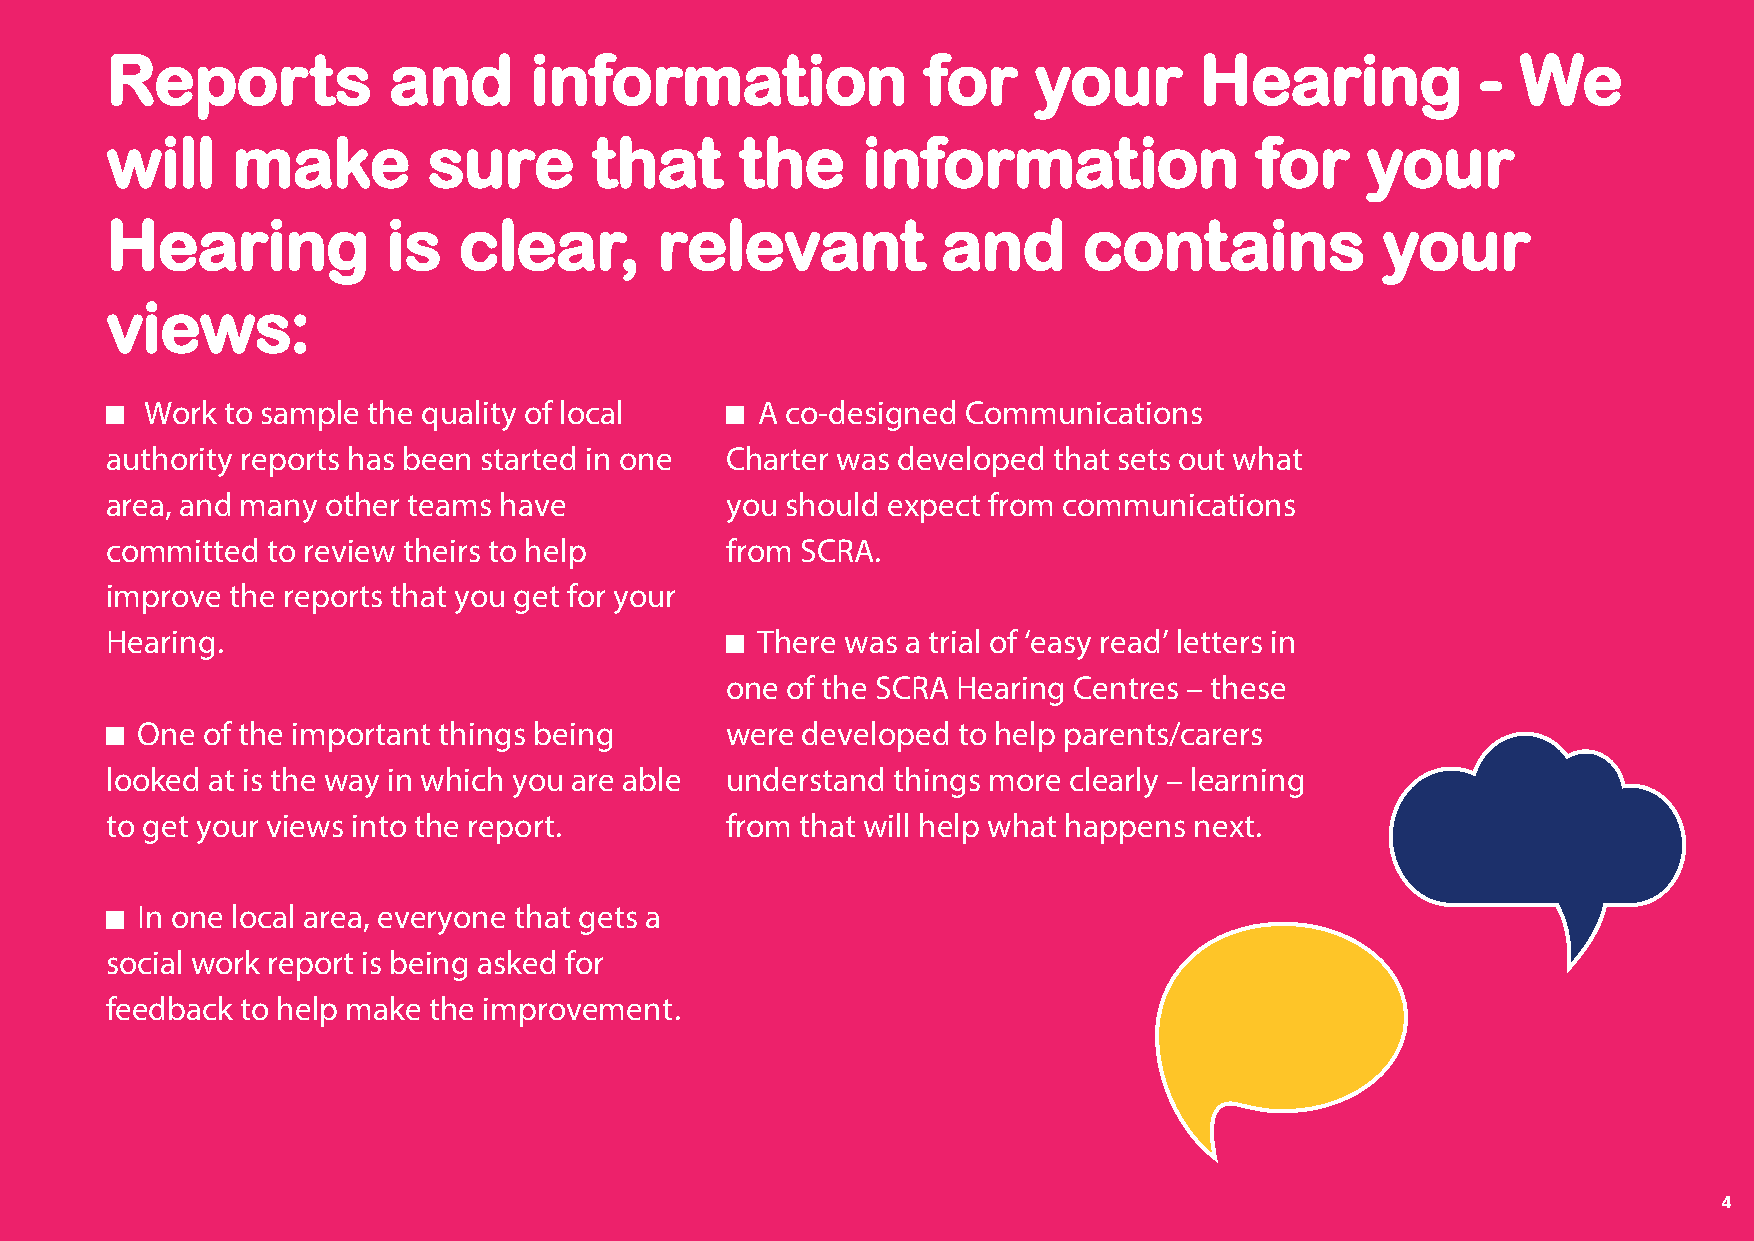
Reports            and      information               for     your      Hearing            -  We
 will    make         sure       that      the     information               for    your
 Hearing            is  clear,        relevant          and       contains            your
 views:
 Work to sample the quality of local     A co-designed Communications
 authority reports has been started in one Charter was developed that sets out what
 area, and many other teams have          you should expect from communications
 committed  to review theirs to help      from SCRA.
 improve the reports that you get for your
 Hearing.                                   There was a trial of ‘easy read’ letters in
 one of the SCRA Hearing Centres – these
 One of the important things being      were developed to help parents/carers
 looked at is the way in which you are able understand things more clearly – learning
 to get your views into the report.       from that will help what happens next.
 In one local area, everyone that gets a
 social work report is being asked for
 feedback to help make the improvement.
 534